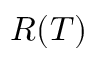
R ( T )